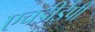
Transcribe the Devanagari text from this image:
एचडीईपी